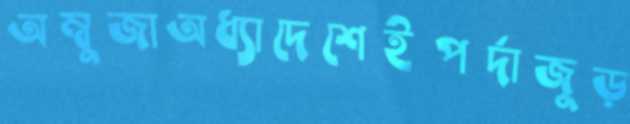
অম্বুজাঅধ্যাদেশেইপর্দাজুড়